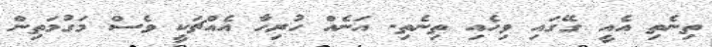
ތިނެތި އެއީ ގޭގައި ވިހެއި ތިނެތި. އަނެއް ހުރިހާ އެއްޗަކީ ވެސް މަގުމަތިން